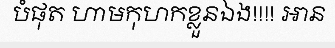
បំផុត ហាមកុហកខ្លួនឯង!!!! អាន